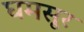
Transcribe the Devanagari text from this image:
घमसूर